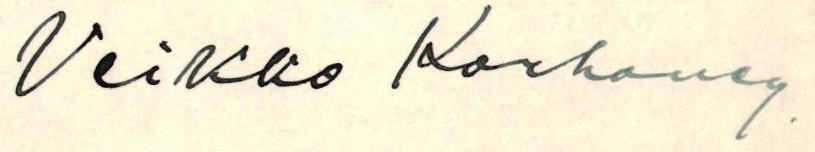
Veikko Korhonen.